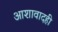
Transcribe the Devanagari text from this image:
आशावादही